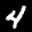
Label: 4